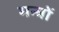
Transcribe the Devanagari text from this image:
मन्त्राें